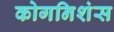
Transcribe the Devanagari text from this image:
कोगनिशंस